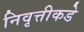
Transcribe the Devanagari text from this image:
निवृत्तीकडे